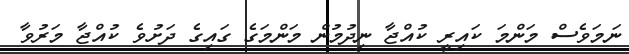
ނަމަވެސް މަންމަ ކައިރީ ކުއްޖާ ނިދުމުން މަންމަގެ ގައިގެ ދަށުވެ ކުއްޖާ މަރުވާ